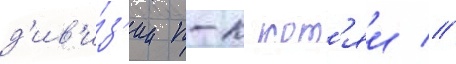
д'ив'и́з'ии п-к кот'яи //